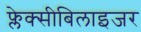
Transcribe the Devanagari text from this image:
फ्लेक्सीबिलाइजर